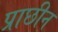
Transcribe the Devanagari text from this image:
प्राछीन